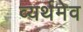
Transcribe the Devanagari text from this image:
व्यर्थमेव